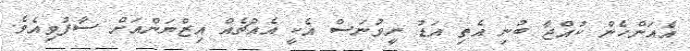
އެއަންހެން ކުއްޖާ ބުނި އެތި އަޑު ނީވުނަސް އެކީ އެއްޗެއް އިޒްޔަންއަށް ސާފުވިއެވެ.